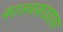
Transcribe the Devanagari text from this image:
कातळकडय़ावर